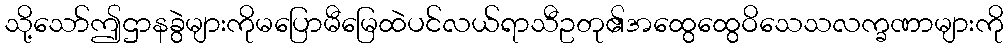
သို့သော်ဤဌာနခွဲများကိုမပြောမီမြေထဲပင်လယ်ရာသီဥတု၏အထွေထွေဝိသေသလက္ခဏာများကို